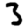
Digit: 3